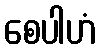
စေပါဟံ